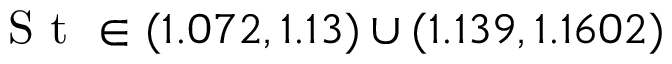
\textrm { S t } \in ( 1 . 0 7 2 , 1 . 1 3 ) \cup ( 1 . 1 3 9 , 1 . 1 6 0 2 )